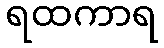
ရထကာရ